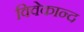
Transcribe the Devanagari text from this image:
विवेकान्‍द